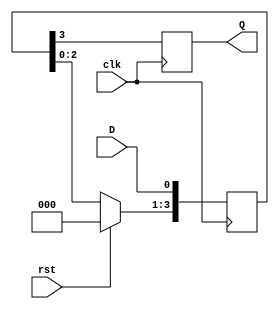
`timescale 1ns / 1ps
//////////////////////////////////////////////////////////////////////////////////
// Company: 
// Engineer: 
// 
// Design Name: 
// Module Name: siso_shift_operator
// Project Name: 
// Target Devices: 
// Tool Versions: 
// Description: 
// 
// Dependencies: 
// 
// Revision:
// Revision 0.01 - File Created
// Additional Comments:
// 
//////////////////////////////////////////////////////////////////////////////////


module siso_shift_operator(input clk,
  input D,
  input rst,
  output reg Q
);
  reg [3:0]data;  
  always @(posedge clk) begin
    if(rst==1)
      data<=4'b0000;  
    else
    data<=data<<1;
    data[0]<=D;
    Q<=data[3];   
  end
endmodule